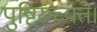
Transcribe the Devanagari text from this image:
पुष्टिरुच्यते।